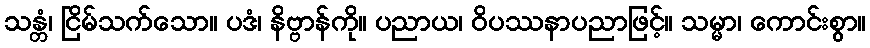
သန္တံ၊ ငြိမ်သက်သော။ ပဒံ၊ နိဗ္ဗာန်ကို။ ပညာယ၊ ဝိပဿနာပညာဖြင့်။ သမ္မာ၊ ကောင်းစွာ။